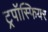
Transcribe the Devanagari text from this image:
ट्रपॉस्फियर